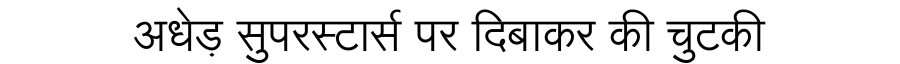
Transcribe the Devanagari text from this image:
अधेड़ सुपरस्टार्स पर दिबाकर की चुटकी